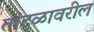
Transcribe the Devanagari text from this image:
तांदळावरील